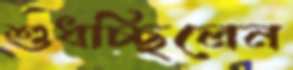
শুধচ্ছিলেন